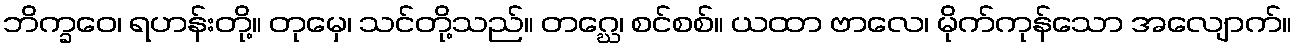
ဘိက္ခဝေ၊ ရဟန်းတို့။ တုမှေ၊ သင်တို့သည်။ တဂ္ဃေ၊ စင်စစ်။ ယထာ ဗာလေ၊ မိုက်ကုန်သော အလျောက်။